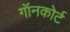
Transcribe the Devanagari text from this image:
गॉनकोर्ट